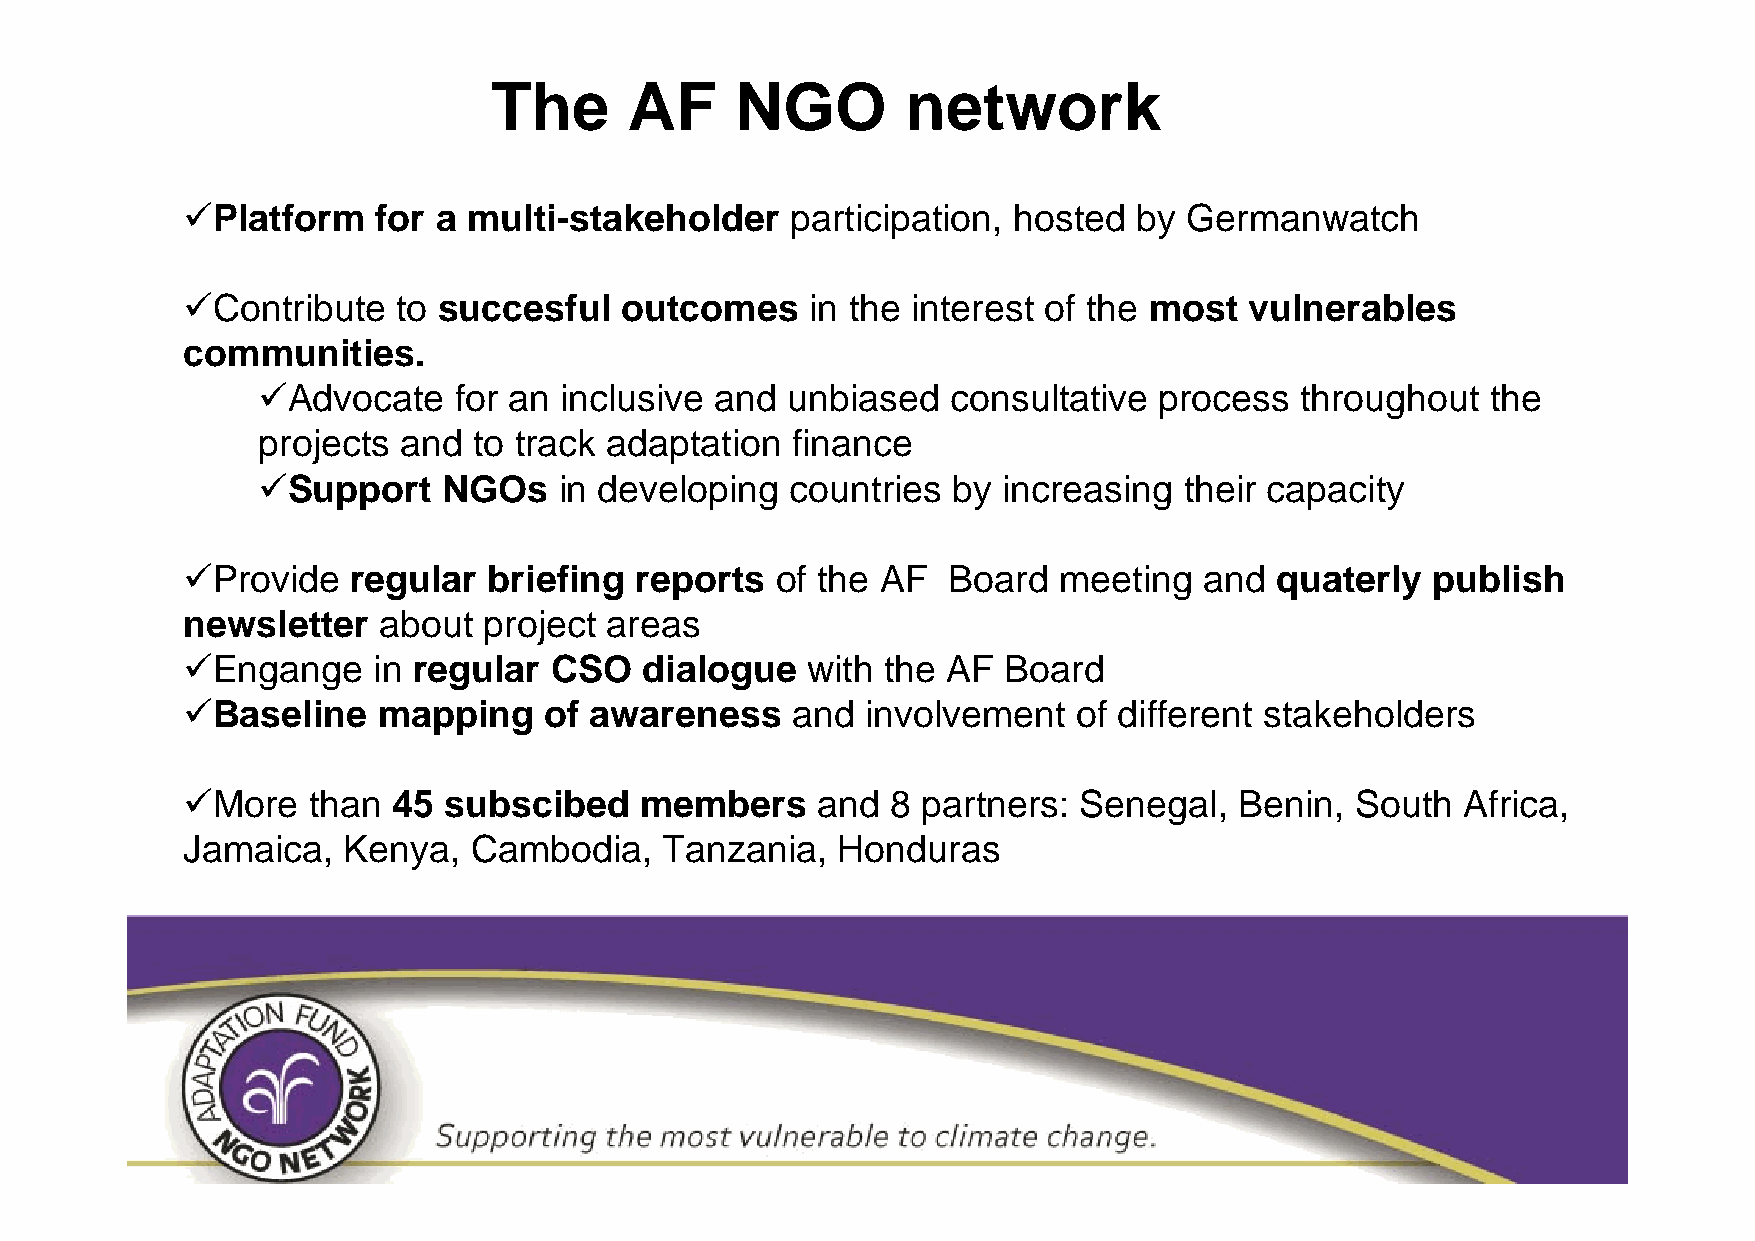
The       AF     NGO        network
 Platform    for a multi-stakeholder    participation, hosted  by Germanwatch
 Contribute   to succesful   outcomes     in the interest of the most  vulnerables
 communities.
 Advocate    for an inclusive and  unbiased   consultative  process  throughout   the
 projects and  to track adaptation  finance
 Support    NGOs    in developing  countries  by increasing  their capacity
 Provide   regular  briefing  reports  of the AF   Board  meeting   and quaterly   publish
 newsletter   about  project areas
 Engange     in regular CSO    dialogue  with  the AF  Board
 Baseline    mapping    of awareness    and  involvement   of different stakeholders
 More   than  45 subscibed    members     and  8 partners: Senegal,   Benin,  South  Africa,
 Jamaica,   Kenya,  Cambodia,    Tanzania,  Honduras